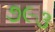
૭૯૩